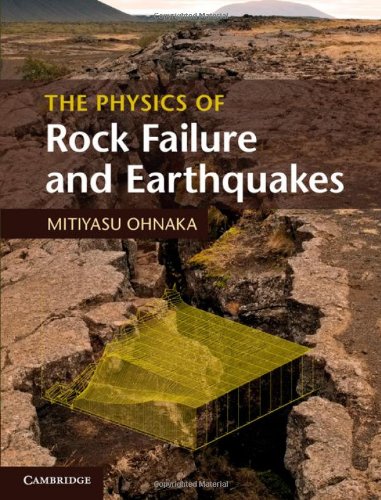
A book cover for The Physics of Rock Failure and Earthquakes; Mitiyasu Ohnaka; Science & Math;